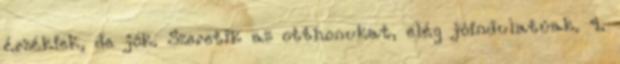
érzékiek, de jók. Szeretik az otthonukat, elég jóindulatúak. 4.